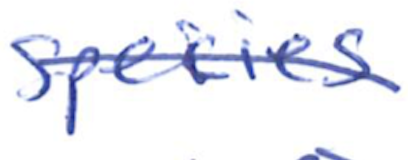
Text: species
Cross-out: diagonal
Writing tool: ballpoint